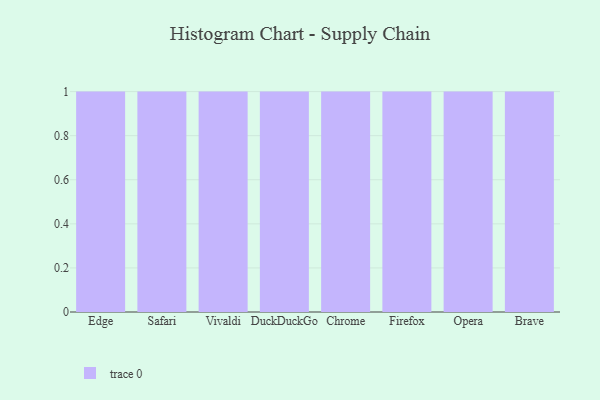
{"axis": {"x": "Browser", "y": "Humidity (%)"}, "legend": [""], "data": [{"x": "Edge", "y": 78, "type": ""}, {"x": "Safari", "y": 33, "type": ""}, {"x": "Vivaldi", "y": 28, "type": ""}, {"x": "DuckDuckGo", "y": 80, "type": ""}, {"x": "Chrome", "y": 65, "type": ""}, {"x": "Firefox", "y": 33, "type": ""}, {"x": "Opera", "y": 62, "type": ""}, {"x": "Brave", "y": 84, "type": ""}]}